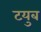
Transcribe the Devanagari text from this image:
टयुब